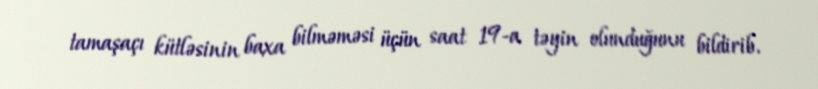
tamaşaçı kütləsinin baxa bilməməsi üçün saat 19-a təyin olunduğunu bildirib.